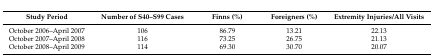
| Study Period | Number of S40–S99 Cases | Finns (%) | Foreigners (%) | Extremity Injuries/All Visits |
 | --- | --- | --- | --- | --- |
 | October 2006–April 2007 | 106 | 86.79 | 13.21 | 22.13 |
 | October 2007–April 2008 | 116 | 73.25 | 26.75 | 21.13 |
 | October 2008–April 2009 | 114 | 69.30 | 30.70 | 20.07 |